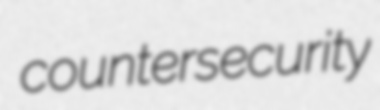
countersecurity